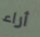
أراء